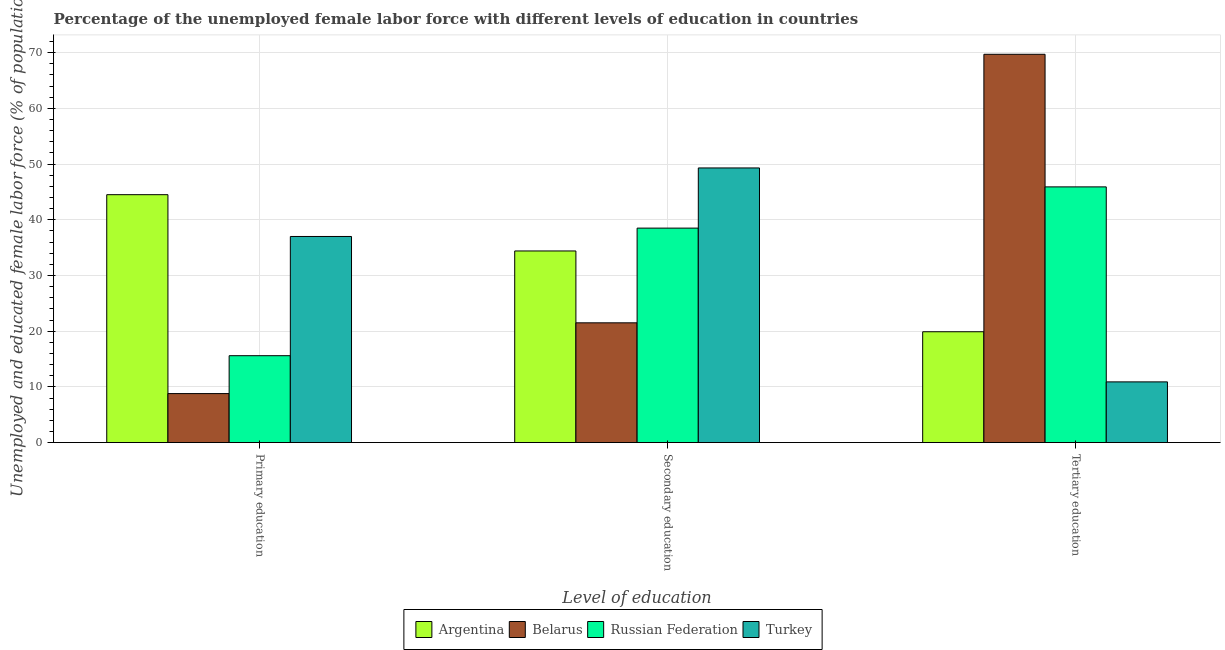
| Level of education | Argentina | Belarus | Russian Federation | Turkey |
 | --- | --- | --- | --- | --- |
 | Primary education | 44.5 | 8.8 | 15.6 | 37 |
 | Secondary education | 34.4 | 21.5 | 38.5 | 49.3 |
 | Tertiary education | 19.9 | 69.7 | 45.9 | 10.9 |